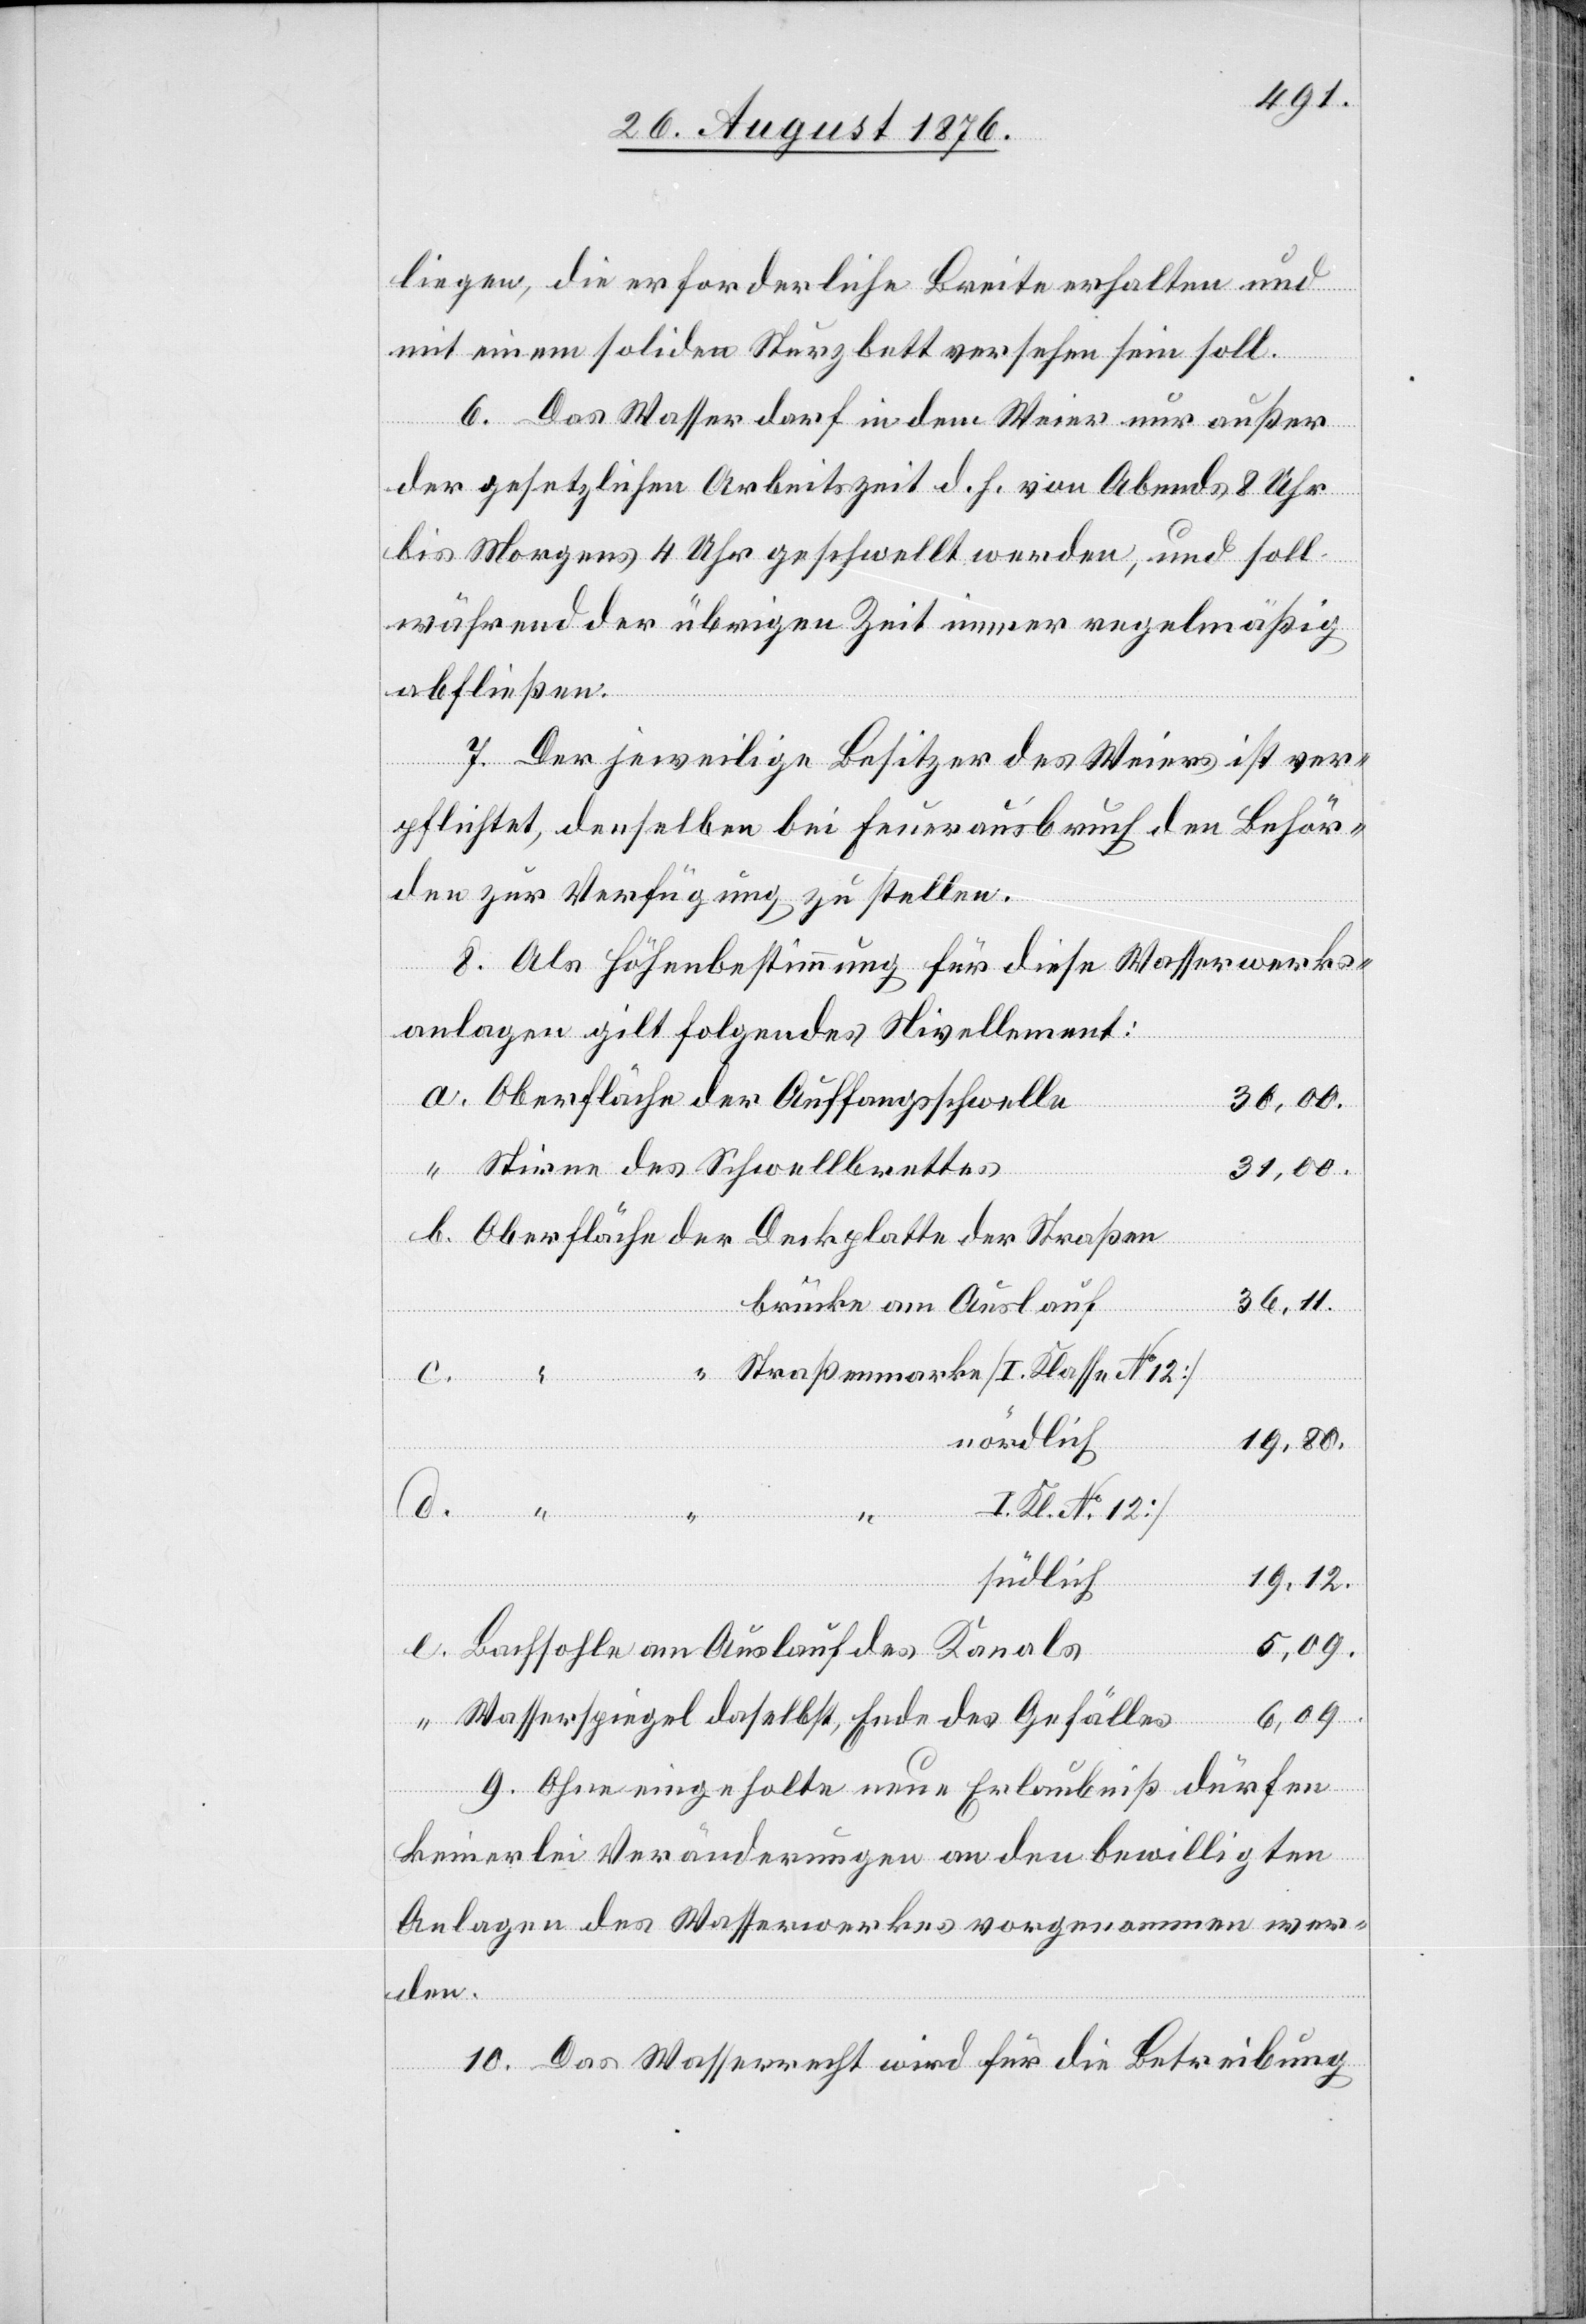
liegen, die erforderliche Breite erhalten und
mit einem soliden Sturzbett versehen sein soll.
6. Das Wasser darf in dem Weier nur außer
der gesetzlichen Arbeitszeit d. h. von Abends 8 Uhr
bis Morgens 4 Uhr geschwellt werden, und soll
während der übrigen Zeit immer regelmäßig
abfließen.
7. Der jeweilige Besitzer des Weiers ist ver¬
pflichtet, denselben bei Feuerausbruch den Behör¬
den zur Verfügung zu stellen.
8. Als Höhenbestimmung für diese Wasserwerks¬
anlagen gilt folgendes Nivellement:
30,00.
31,00
36,11.
brücke am Auslauf
Straßenmarke [I. Klasse No 12]
nördlich
19,80.
[I. Kl. No 12]
daselbst,
c.
“
südlich
19,12.
6,09.
des
9. Ohne eingeholte neue Erlaubniß dürfen
keinerlei Veränderungen an den bewilligten
Anlagen des Wasserwerkes vorgenommen wer¬
den.
10. Das Wasserrecht wird für die Betreibung